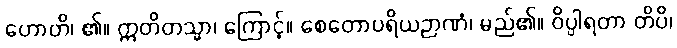
ဟောတိ၊ ၏။ ဣတိတသ္မာ၊ ကြောင့်။ စေတောပရိယဉာဏံ၊ မည်၏။ ဝိပ္ပါရတာ တိပိ၊